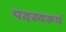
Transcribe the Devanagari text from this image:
पदस्वरूपं